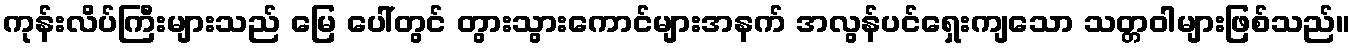
ကုန်းလိပ်ကြီးများသည် မြေ ပေါ်တွင် တွားသွားကောင်များအနက် အလွန်ပင်ရှေးကျသော သတ္တဝါများဖြစ်သည်။